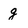
Character: g